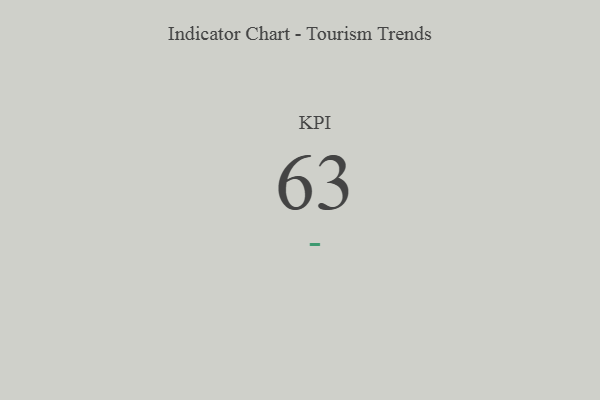
{"axis": {"x": "KPI", "y": "Value"}, "legend": [""], "data": [{"x": "KPI", "y": 63, "type": ""}]}